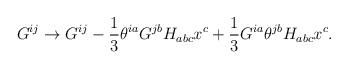
LaTeX: \begin{align*}G^{ij} \to G^{ij} - {\frac{1}{3}} \theta^{ia} G^{jb} H_{abc} x^{c} + {\frac{1}{3}} G^{ia} \theta^{jb} H_{abc} x^{c}.\end{align*}